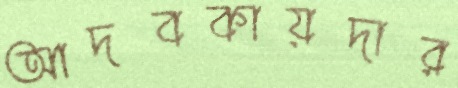
আদবকায়দার